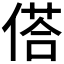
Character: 𬿀